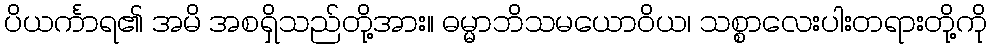
ပိယင်္ကာရ၏ အမိ အစရှိသည်တို့အား။ ဓမ္မာဘိသမယောဝိယ၊ သစ္စာလေးပါးတရားတို့ကို